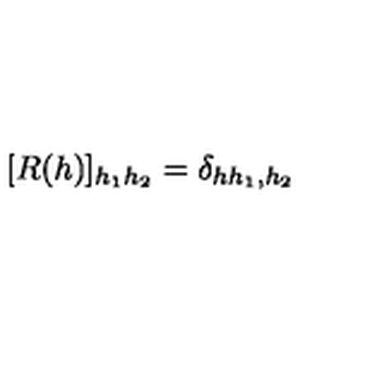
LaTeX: [ R ( h ) ] _ { h _ { 1 } h _ { 2 } } = \delta _ { h h _ { 1 } , h _ { 2 } }